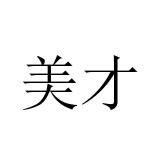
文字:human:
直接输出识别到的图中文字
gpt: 美才